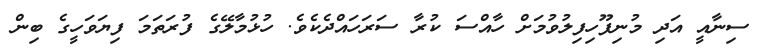
ސިނާއީ އަދި މުނިފޫހިފިލުވުމަށް ހާއްސަ ކުރާ ސަރަހައްދެކެވެ. ހުޅުމާލޭގެ ފުރަތަމަ ފިޔަވަހީގެ ބިން